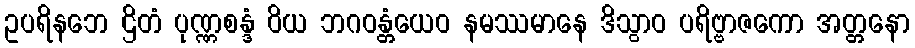
ဥပရိနဘေ ဌိတံ ပုဏ္ဏစန္ဒံ ဝိယ ဘဂဝန္တံယေဝ နမဿမာနေ ဒိသွာဝ ပရိဗ္ဗာဇကော အတ္တနော